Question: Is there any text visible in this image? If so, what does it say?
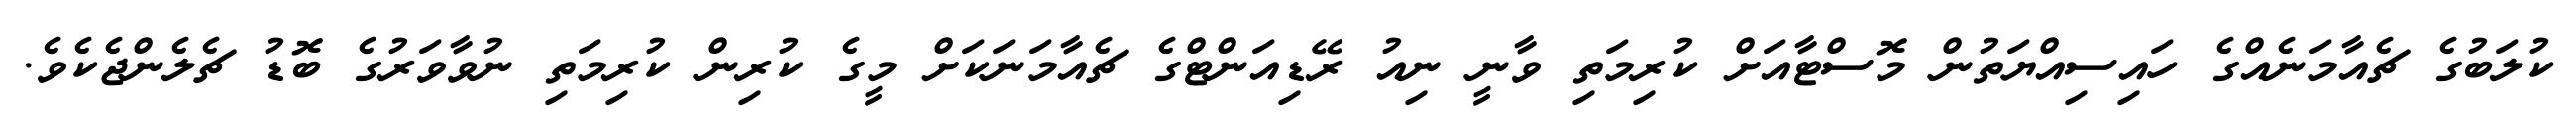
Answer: ކުލަބުގެ ޗެއާމަނެއްގެ ހައިސިއްޔަތުން މޮސްޓާއަށް ކުރިމަތި ވާނީ ނިއު ރޭޑިއަންޓްގެ ޗެއާމަނަކަށް މީގެ ކުރިން ކުރިމަތި ނުވާވަރުގެ ބޮޑު ޗެލެންޖެކެވެ.